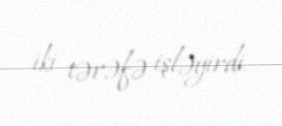
iki tərəfə işləyirdi.